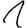
Digit: 1